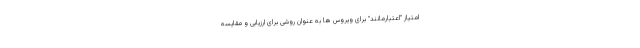
امتیاز "اعتبارمانند" برای ویروس ها به عنوان روشی برای ارزیابی و مقایسه